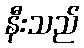
နီးသည်